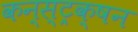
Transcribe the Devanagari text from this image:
कन्स्ट्रक्षन